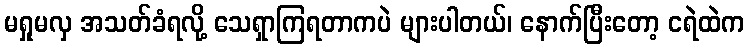
မရှုမလှ အသတ်ခံရလို့ သေရှာကြရတာကပဲ များပါတယ်၊ နောက်ပြီးတော့ ငရဲထဲက